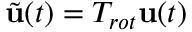
\tilde { \mathbf { u } } ( t ) = T _ { r o t } \mathbf { u } ( t )